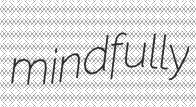
mindfully